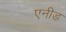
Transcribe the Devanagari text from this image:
एनीड